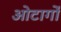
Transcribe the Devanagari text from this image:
ओटार्गो